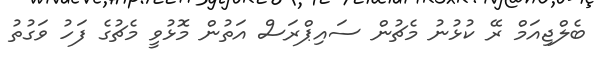
ބެލްޖިއަމް ރޭ ކުޅުނު މެޗުން ސައިޕްރަސް އަތުން މޮޅުވީ މެޗުގެ ފަހު ވަގުތު